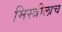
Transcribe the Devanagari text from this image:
मिस्त्रीलाच